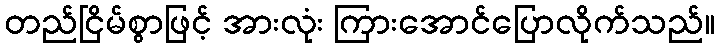
တည်ငြိမ်စွာဖြင့် အားလုံး ကြားအောင်ပြောလိုက်သည်။